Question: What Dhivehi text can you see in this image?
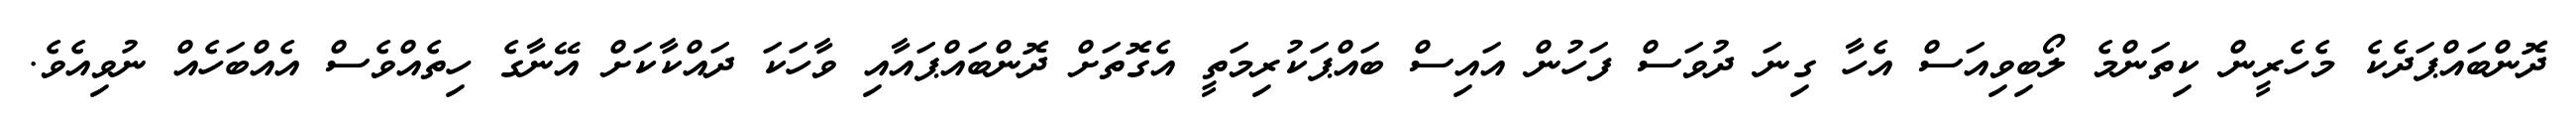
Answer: ދޮންބައްޕަދެކެ މެހެރީން ކިތަންމެ ލޯބިވިއަސް އެހާ ގިނަ ދުވަސް ފަހުން އައިސް ބައްޕަކުރިމަތީ އެގޮތަށް ދޮންބައްޕައާއި ވާހަކަ ދައްކާކަށް އޭނާގެ ހިތެއްވެސް އެއްބަހެއް ނުވިއެވެ.